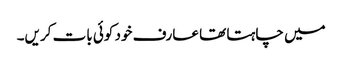
میں چاہتا تھا عارف خود کوئی بات کریں۔